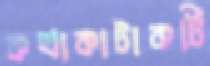
কথাকাটাকটি